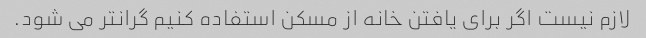
لازم نیست اگر برای یافتن خانه از مسکن استفاده کنیم گرانتر می شود.